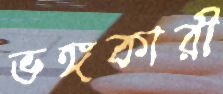
ভঙ্গকারী